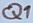
Text: Q1